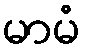
မာမံ